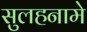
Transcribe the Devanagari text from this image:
सुलहनामे